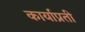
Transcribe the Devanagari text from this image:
कार्याप्रती